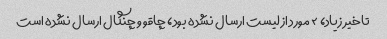
تاخیر زیاد، ۲ مورد از لیست ارسال نشده بود، چاقو و چنگال ارسال نشده است